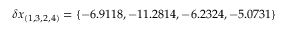
\delta x _ { ( 1 , 3 , 2 , 4 ) } = \{ - 6 . 9 1 1 8 , - 1 1 . 2 8 1 4 , - 6 . 2 3 2 4 , - 5 . 0 7 3 1 \}